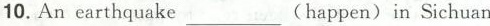
10.An earthquake___(happen) in Sichuan